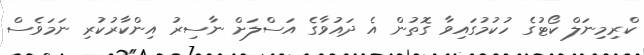
ކްރިމިނަލް ކޯޓުގެ ހުކުމުގައިވާ ގޮތުން އެ ދައުވާގެ އަސްލަށް ނާސިރު އިންކާރުކުރި ނަމަވެސް